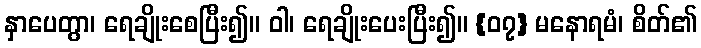
နှာပေတွာ၊ ရေချိုးစေပြီး၍။ ဝါ၊ ရေချိုးပေးပြီး၍။ {၀၇} မနောရမံ၊ စိတ်၏